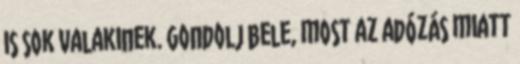
is sok valakinek. Gondolj bele, most az adózás miatt